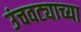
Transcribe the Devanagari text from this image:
उंचवट्याच्या